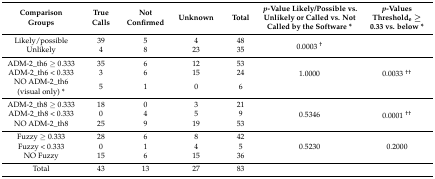
| Comparison Groups | True Calls | Not Confirmed | Unknown | Total | p-Value Likely/Possible vs. Unlikely or Called vs. Not Called by the Software * | p-Values Thresholde ≥ 0.33 vs. below * |
 | --- | --- | --- | --- | --- | --- | --- |
 | Likely/possible | 39 | 5 | 4 | 48 | <ROWSPAN=2> 0.0003 † |  |
 | Unlikely | 4 | 8 | 23 | 35 |  |
 | ADM-2_th6 ≥ 0.333 | 35 | 6 | 12 | 53 | <ROWSPAN=3> 1.0000 | <ROWSPAN=3> 0.0033 †† |
 | ADM-2_th6 < 0.333 | 3 | 6 | 15 | 24 |
 | NO ADM-2_th6 (visual only) * | 5 | 1 | 0 | 6 |
 | ADM-2_th8 ≥ 0.333 | 18 | 0 | 3 | 21 | <ROWSPAN=3> 0.5346 | <ROWSPAN=3> 0.0001 †† |
 | ADM-2_th8 < 0.333 | 0 | 4 | 5 | 9 |
 | NO ADM-2_th8 | 25 | 9 | 19 | 53 |
 | Fuzzy ≥ 0.333 | 28 | 6 | 8 | 42 | <ROWSPAN=3> 0.5230 | <ROWSPAN=3> 0.2000 |
 | Fuzzy < 0.333 | 0 | 1 | 4 | 5 |
 | NO Fuzzy | 15 | 6 | 15 | 36 |
 | Total | 43 | 13 | 27 | 83 |  |  |